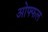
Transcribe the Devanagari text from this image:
ओफ्फल